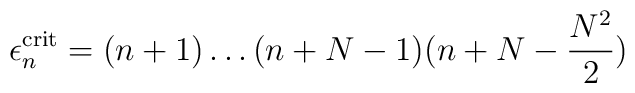
\epsilon_{n}^{\rm crit}=     (n+1)\dots(n+N-1)(n+N-\frac{N^2}{2})